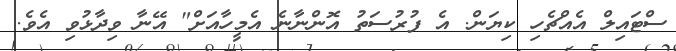
ސްޓައިލް އެއްޗެހި ކިޔަން. އެ ފުރުސަތު އޮންނާނެ އެމީހާއަށް" އޭނާ ވިދާޅުވި އެވެ.